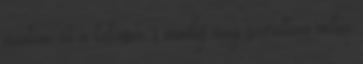
mentem át a lakáson, s mindig meg szerettem volna